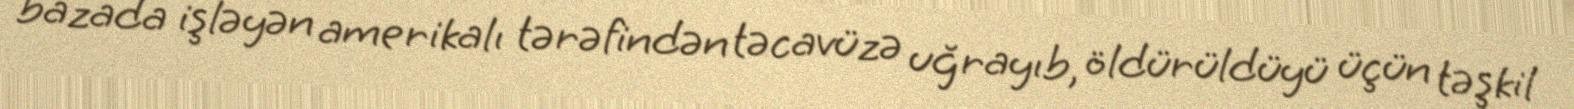
bazada işləyən amerikalı tərəfindən təcavüzə uğrayıb, öldürüldüyü üçün təşkil